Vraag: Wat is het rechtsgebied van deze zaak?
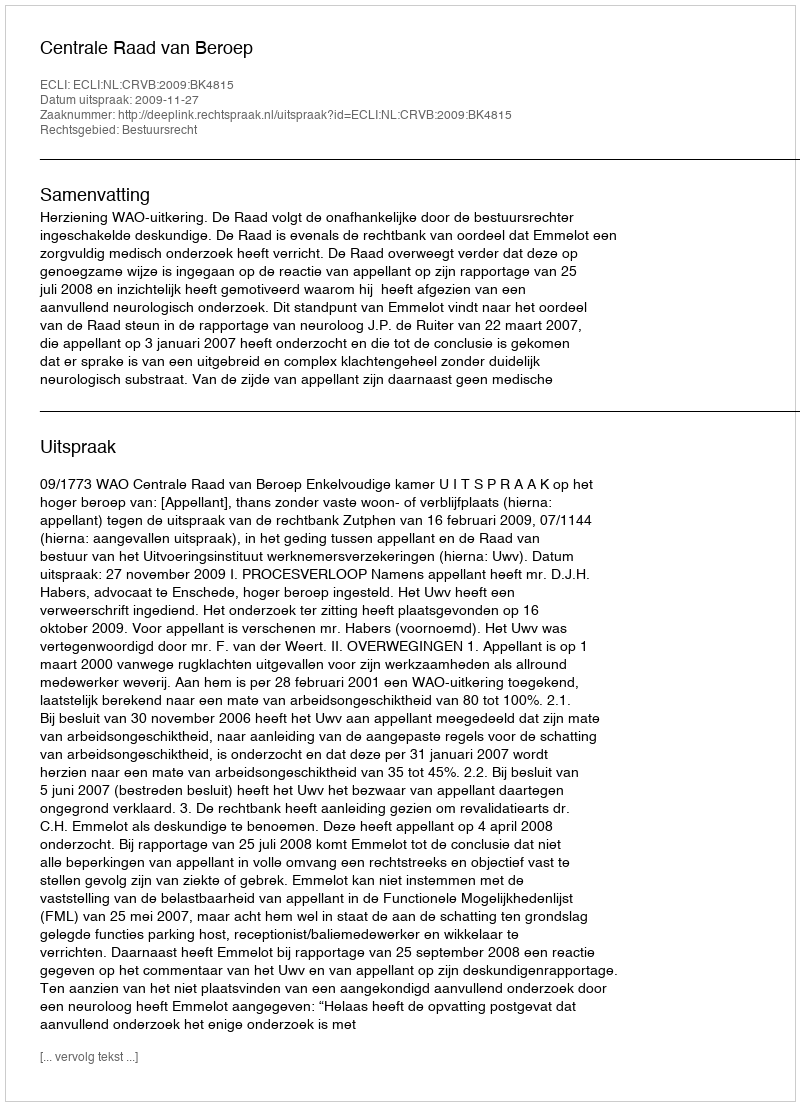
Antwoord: Bestuursrecht